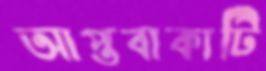
আপ্তবাক্যটি